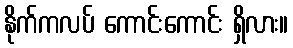
နိုက်ကလပ် ကောင်းကောင်း ရှိလား။